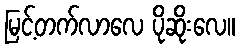
မြင့်တက်လာလေ ပိုဆိုးလေ။